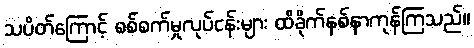
သပိတ်ကြောင့် စစ်စက်မှုလုပ်ငန်းများ ထိခိုက်နစ်နာကုန်ကြသည်။